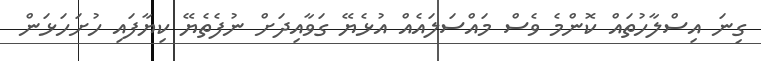
ގިނަ އިސްލާހުތައް ކޮންމެ ވެސް މައްސަލައެއް އުޅެޔޭ ގަވާއިދަށް ނުފެތެޔޭ ކިޔާފައި ހުށަހަޅަން